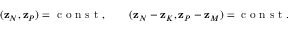
\begin{array} { r } { ( { \bf z } _ { N } , { \bf z } _ { P } ) = \mathrm { ~ c ~ o ~ n ~ s ~ t ~ } , \qquad ( { \bf z } _ { N } - { \bf z } _ { K } , { \bf z } _ { P } - { \bf z } _ { M } ) = \mathrm { ~ c ~ o ~ n ~ s ~ t ~ } . } \end{array}